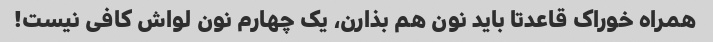
همراه خوراک قاعدتا باید نون هم بذارن، یک چهارم نون لواش کافی نیست!